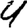
Digit: 4